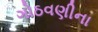
ગોઠવણીના